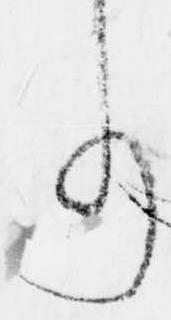
り